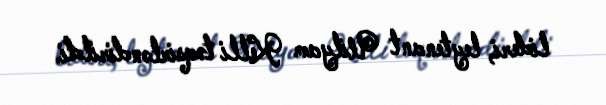
lideri, leytenant Uilyam Kelli təqsirləndirildi.